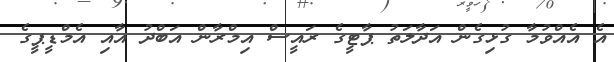
އެ އެއްވުމާ ގުޅިގެން އަދާލަތު ޕާޓީގެ ރައީސް އިމްރާން އަބްދު އާއި އެމްޑީޕީގެ